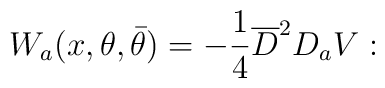
W_{a}(x,\theta ,\bar{\theta})=-\frac{1}{4}\overline{D}^{2}D_{a}V: